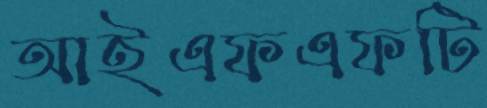
আইএফএফটি